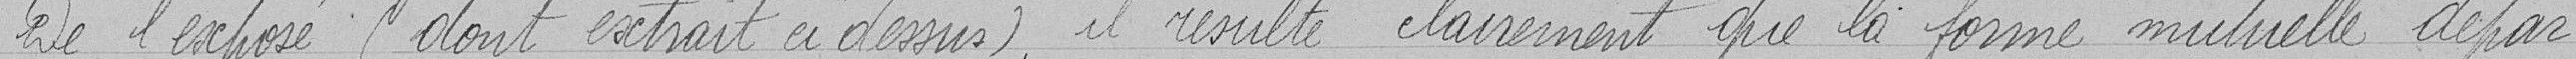
De l'exposé (dont extrait ci-dessus), il résulte clairement que la forme actuelle dépar-